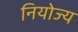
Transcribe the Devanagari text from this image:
नियोज्य